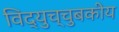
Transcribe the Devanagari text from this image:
विद्युच्चुबकीय